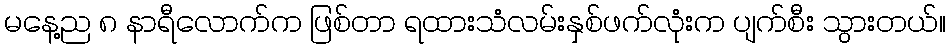
မနေ့ည ၈ နာရီလောက်က ဖြစ်တာ ရထားသံလမ်းနှစ်ဖက်လုံးက ပျက်စီး သွားတယ်။